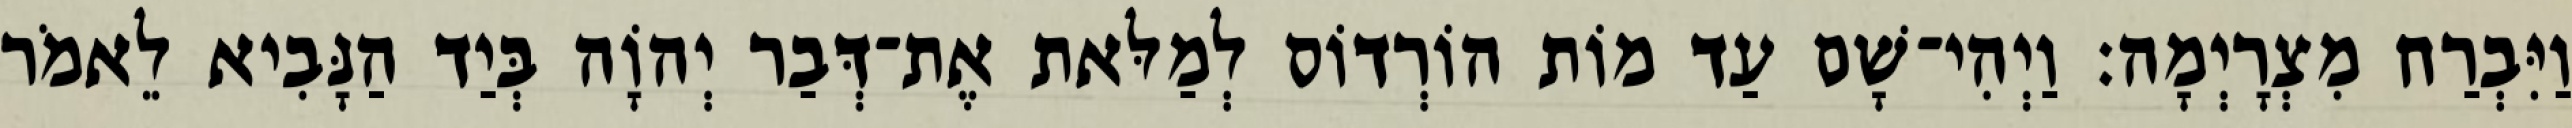
וַיִּבְרַח מִצְרָיְמָה׃ וַיְהִי־שָׁם עַד מוֹת הוֹרְדוֹס לְמַלּאת אֶת־דְּבַר יְהוָֹה בְּיַד הַנָּבִיא לֵאמֹר